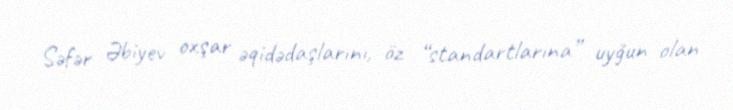
Səfər Əbiyev oxşar əqidədaşlarını, öz “standartlarına” uyğun olan